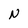
Character: N